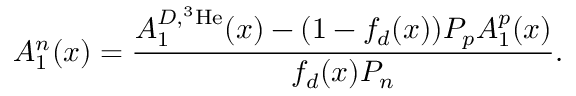
A _ { 1 } ^ { n } ( x ) = { \frac { A _ { 1 } ^ { D , ^ { 3 } \mathrm { H e } } ( x ) - ( 1 - f _ { d } ( x ) ) P _ { p } A _ { 1 } ^ { p } ( x ) } { f _ { d } ( x ) P _ { n } } } .